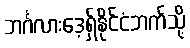
ဘင်္ဂလားဒေ့ရှ်နိုင်ငံဘက်သို့